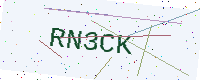
Text: RN3CK